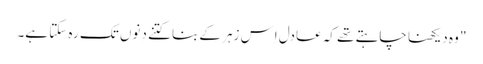
" وہ دیکھنا چاہتے تھے کہ عادل اِس زہر کے بنا کتنے دِنوں تک رہ سکتا ہے۔